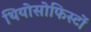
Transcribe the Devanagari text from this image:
थियोसोफिस्टों